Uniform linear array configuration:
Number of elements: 4
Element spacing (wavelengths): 0.25
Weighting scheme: kaiser
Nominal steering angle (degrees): -60
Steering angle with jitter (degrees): -59.106
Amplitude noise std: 0.05
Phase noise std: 0.05

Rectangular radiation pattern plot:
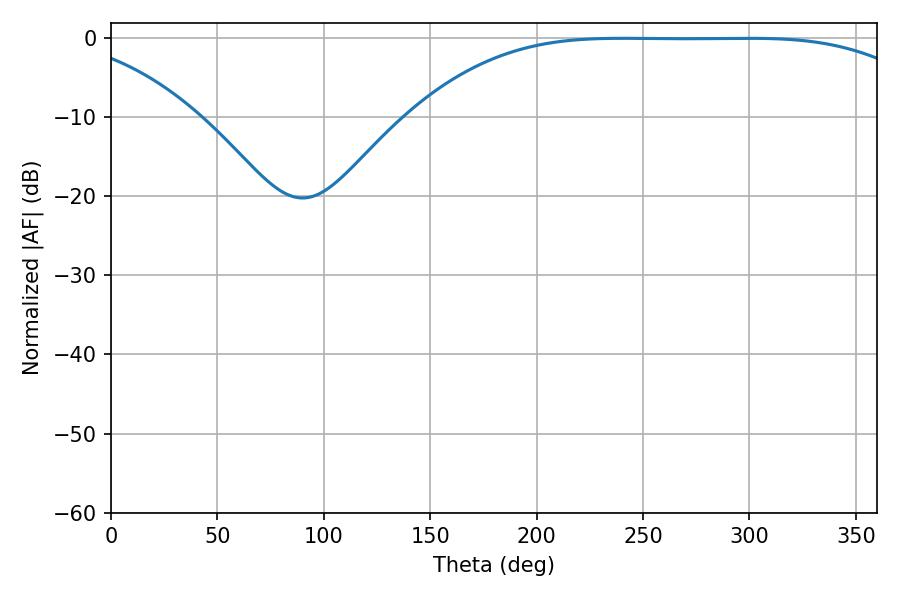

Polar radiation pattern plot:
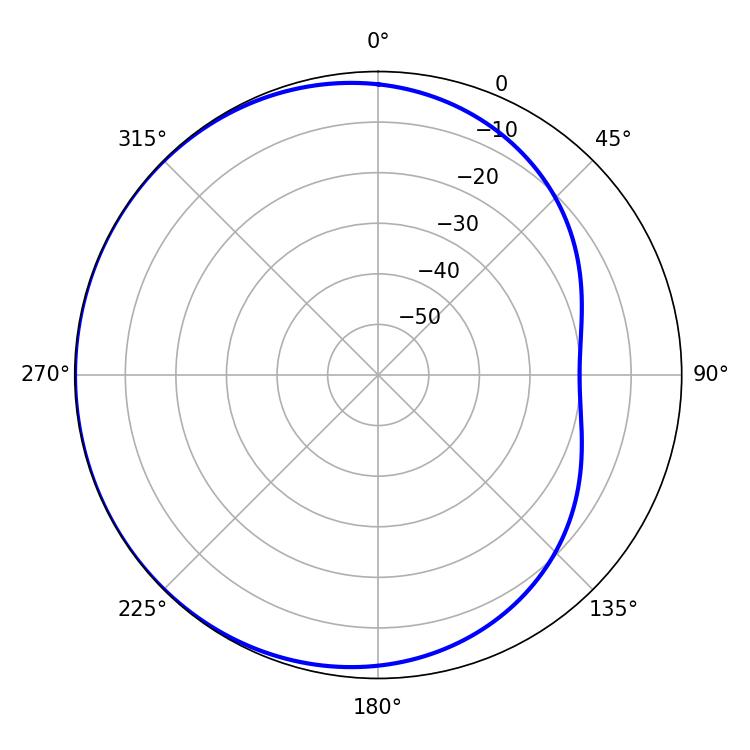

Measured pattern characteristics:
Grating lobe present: FALSE
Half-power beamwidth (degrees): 184.14
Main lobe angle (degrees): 240.66